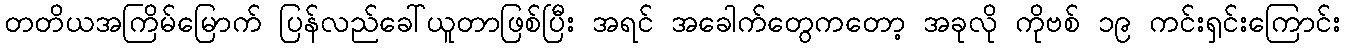
တတိယအကြိမ်မြောက် ပြန်လည်ခေါ်ယူတာဖြစ်ပြီး အရင် အခေါက်တွေကတော့ အခုလို ကိုဗစ် ၁၉ ကင်းရှင်းကြောင်း